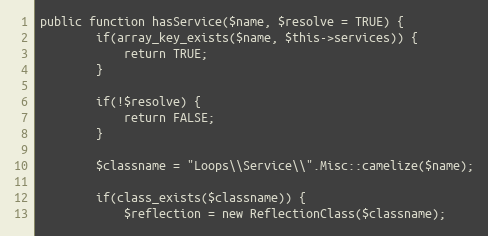
Language: PHP
public function hasService($name, $resolve = TRUE) {
        if(array_key_exists($name, $this->services)) {
            return TRUE;
        }

        if(!$resolve) {
            return FALSE;
        }

        $classname = "Loops\\Service\\".Misc::camelize($name);

        if(class_exists($classname)) {
            $reflection = new ReflectionClass($classname);